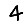
Digit: 4